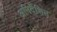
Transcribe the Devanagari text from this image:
अनिर्देशित